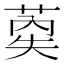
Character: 𰱤